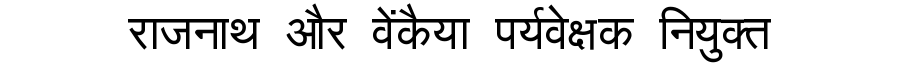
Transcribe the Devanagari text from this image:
राजनाथ और वेंकैया पर्यवेक्षक नियुक्त